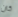
كان